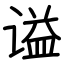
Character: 谥